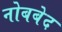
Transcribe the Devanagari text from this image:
नोबबेद